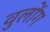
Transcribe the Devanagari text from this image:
वुलोंग